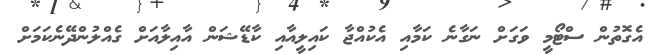
އެގޮތުން ސްޓޯމީ ވަގަށް ނަގާނެ ކަމާއި އެކުއްޖާ ކައިލީއާއި ކާޑޭޝަން އާއިލާއަށް ގެއްލުންދޭނެކަމަށް